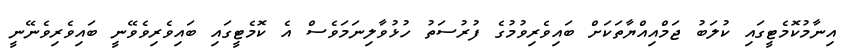
އިނާމުކޮމެޓީގައި ކުލަބު ޖަމްއިއްޔާތަކަށް ބައިވެރިވުމުގެ ފުރުސަތު ހުޅުވާލިނަމަވެސް އެ ކޮމެޓީގައި ބައިވެރިވެވޭނީ ބައިވެރިވެނޭނީ